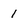
Character: 1